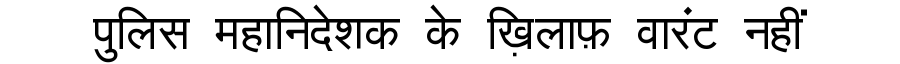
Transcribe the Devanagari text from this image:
पुलिस महानिदेशक के ख़िलाफ़ वारंट नहीं